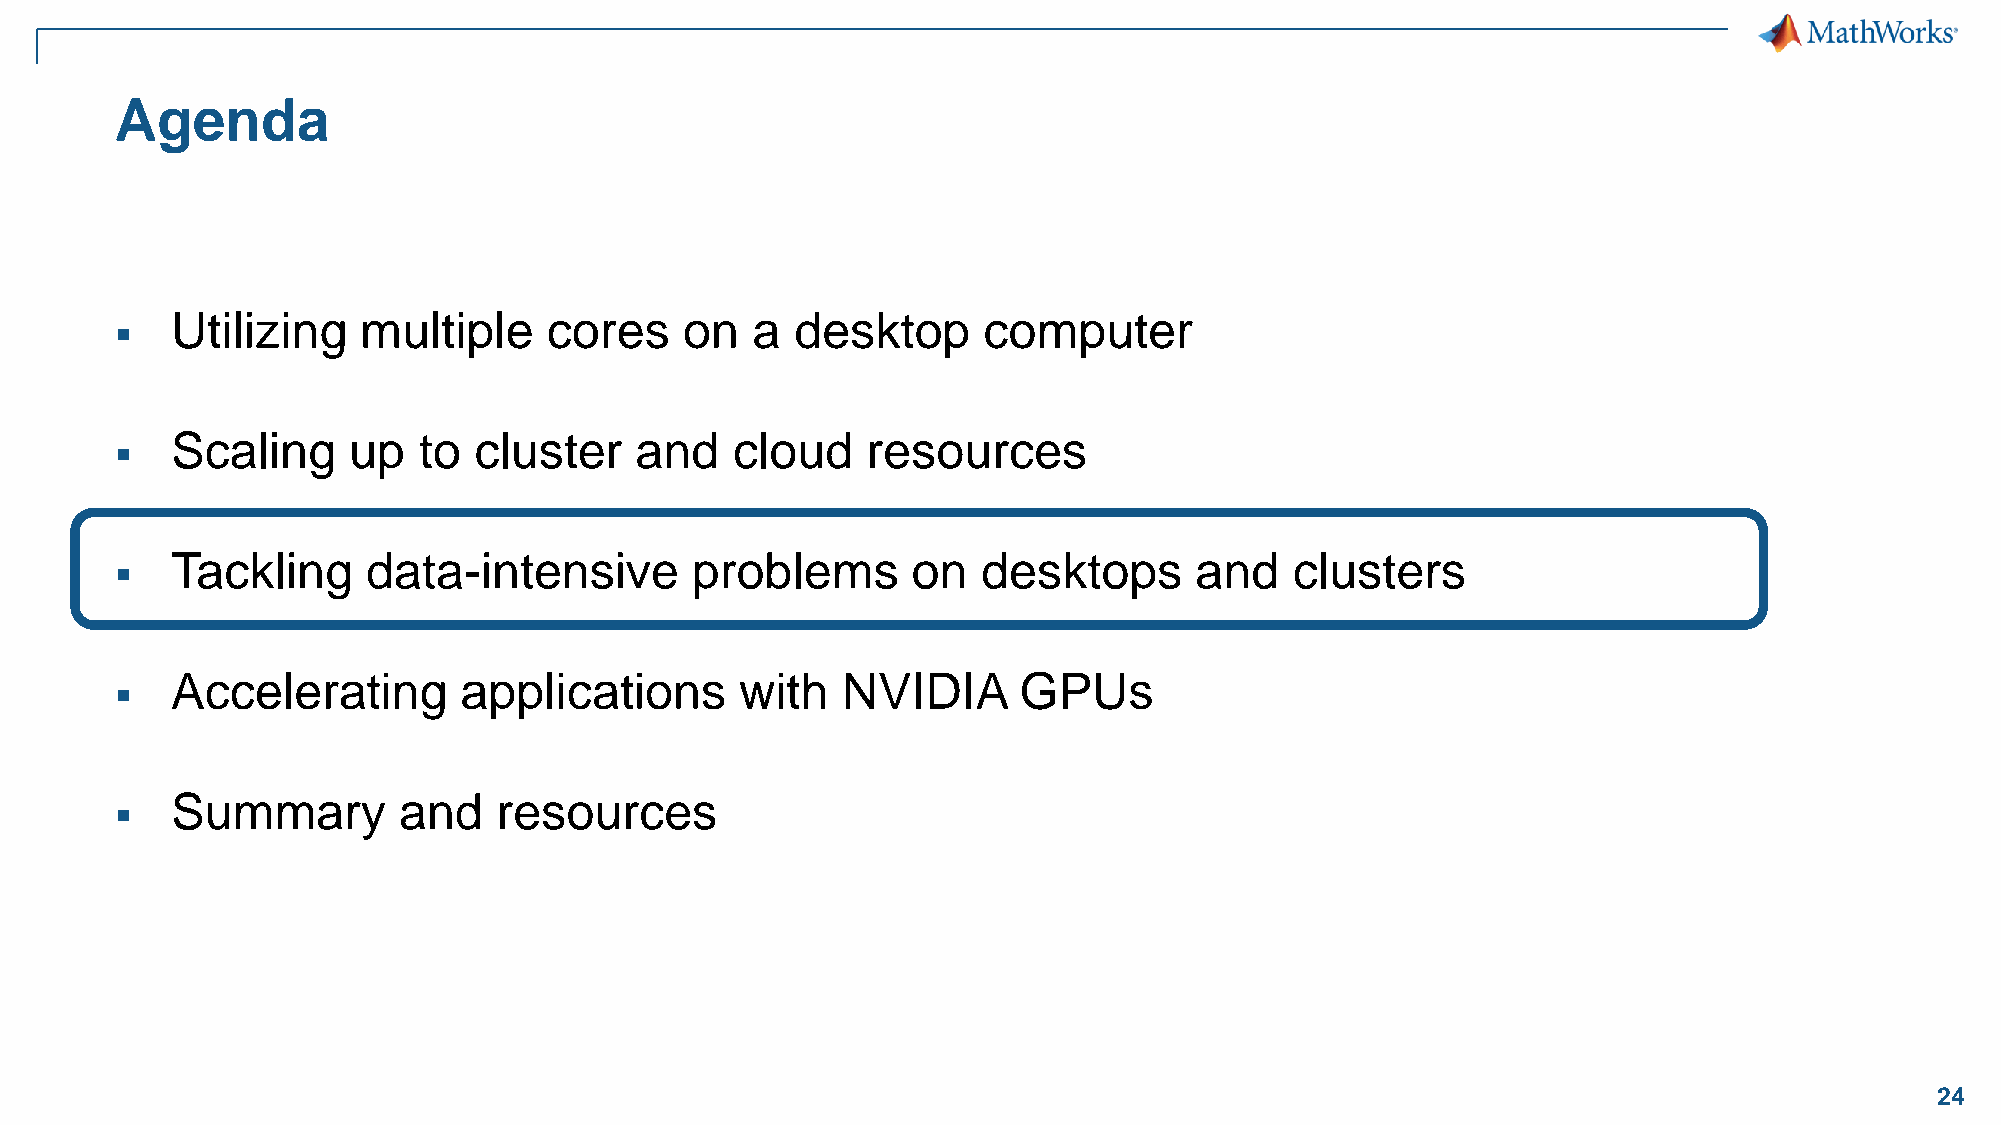
Agenda
 Utilizing    multiple    cores    on   a  desktop     computer
 ▪
 Scaling     up   to cluster    and   cloud    resources
 ▪
 Tackling     data-intensive        problems      on   desktops      and    clusters
 ▪
 Accelerating       applications       with   NVIDIA     GPUs
 ▪
 Summary        and    resources
 ▪
 24